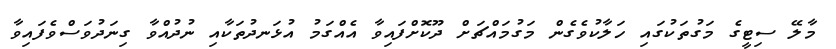
މާލޭ ސިޓީގެ މަގުތަކުގައި ހަލާކުވެގެން މަގުމައްޗަށް ދޫކޮށްފައިވާ އެއްގަމު އުޅަނދުތަކާއި ނުދުއްވާ ގިނަދުވަސްވެފައިވާ